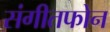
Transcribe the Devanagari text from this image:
संगीतफोन